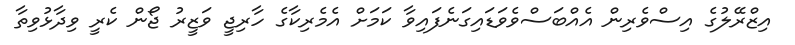
އިޒްރޭލުގެ އިސްވެރިން އެއްބަސްވެވަޑައިގަނެފައިވާ ކަމަށް އެމެރިކާގެ ހާރިޖީ ވަޒީރު ޖޯން ކެރީ ވިދާޅުވިތާ